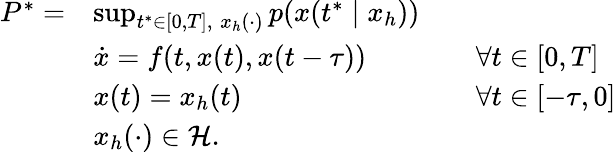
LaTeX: \begin{array}{rlrl}{P^{*}=}&{\operatorname*{sup}_{t^{*}\in[0,T],\; x_{h}(\cdot)}p(x(t^{*}\mid x_{h}))}&\\ &{\dot{x}=f(t,x(t),x(t-\tau))}&&{\forall t\in[0,T]}\\ &{x(t)=x_{h}(t)}&&{\forall t\in[-\tau,0]}\\ &{x_{h}(\cdot)\in\mathcal{H}.}\end{array}